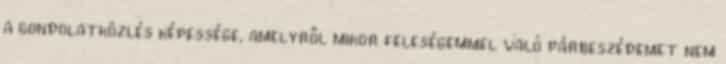
a gondolatközlés képessége, amelyről mikor feleségemmel való párbeszédemet nem